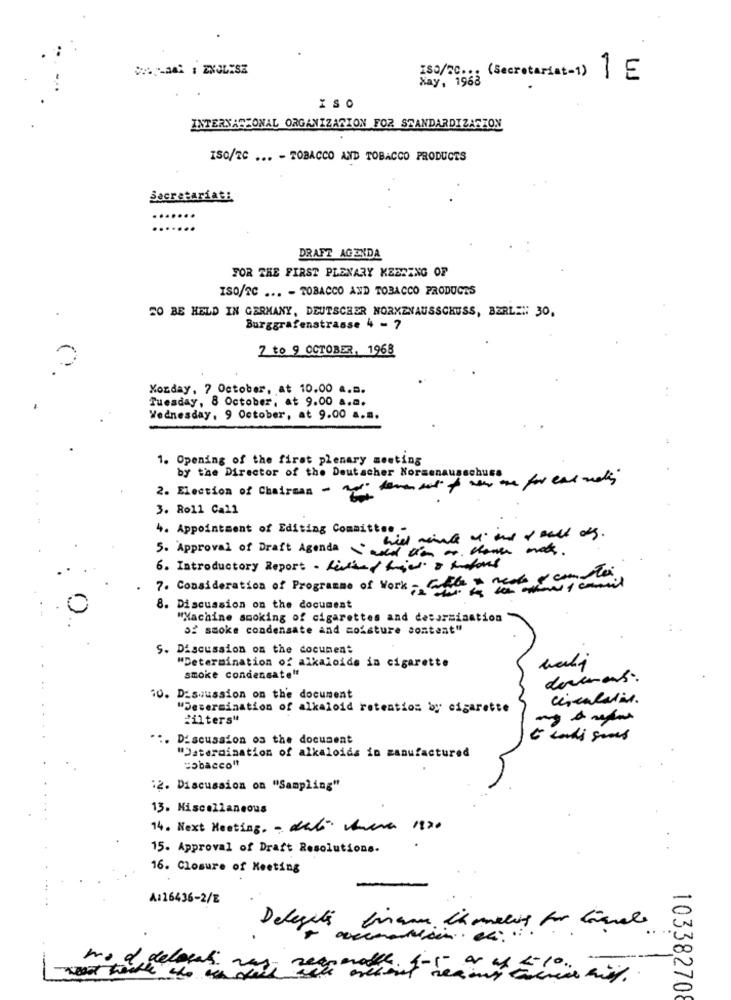
180/10 ... (Secretariat-1) 1 E
Xay, 1968
ISO
INTERNATIONAL ORGANIZATION FOR STANDARDIZATION
ISO/2C ... - TOBACCO AND TOBACCO PRODUCTS
Secretariat:
....
DRAFT AGENDA
FOR THE FIRST PLENARY KEDRENG OF
ISO/TC ... - TOBACCO AND TOBACCO PRODUCTS
SO BE HELD IN GERMANY, DEUTSCHER NORMENAUSSCHUSS, BERLE: 30,
Burggrafenstrasse 4 - 7
7 to 9 OCTOBER, 1968
Monday, 7 October, at 10.00 a.m.
Tuesday, 8 October, at 9.00 a.m.
Wednesday, 9 October, at 9.00 a.m.
1. Opening of the first plenary meeting
by the Director of the Deutscher Norsenausschuss
2. Election of Chairman -
3. Roll Call
4. Appointment of Editing Committ ...
5. Approval of Draft Agenda Saved tion or dones mas .
6. Introductory Report - filled hier 8
7. Consideration of Programme of Work - Che - They canil
8. Discussion on the document
"Machine smoking of cigarettes and determination
of smoke condensate and moisture content"
S. Discussion on the document
"Determination of alkaloids in cigarette
smoke condensate"
10. Discussion on the document
circulatie.
"Determination of alkaloid retention by cigarette
"ilters"
:. Discussion os the document
"Datermination of alkaloids in manufactured
tobacco"
:2. Discussion on "Sampling"
13. Miscellaneous
14. Next Meeting. - det Ama 1970
15. Approval of Draft Resolutions.
16. Closure of Meeting
A116436-2/8
avecmaison . ex :.
mod delocal
103382708